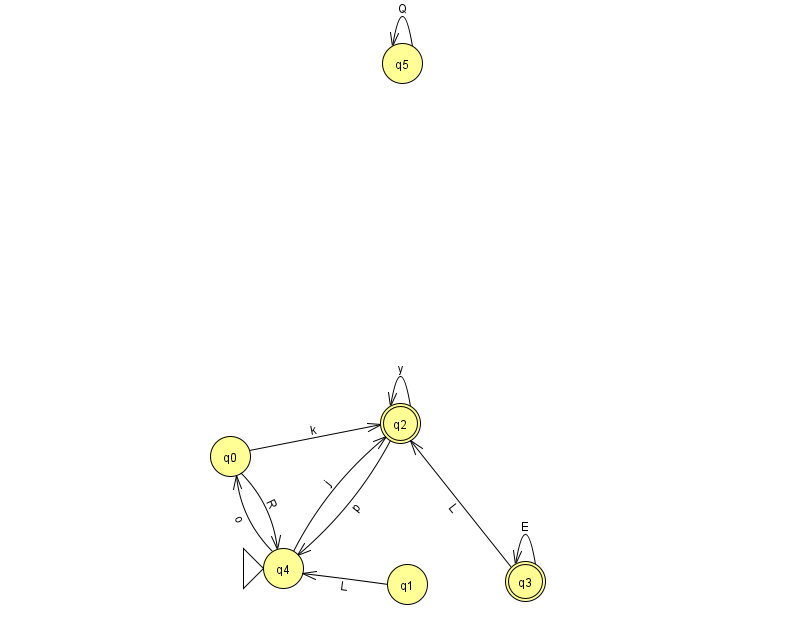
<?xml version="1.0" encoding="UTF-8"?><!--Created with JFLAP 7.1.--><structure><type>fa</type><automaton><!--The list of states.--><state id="0" name="q0"><x>230.0</x><y>443.0</y></state><state id="1" name="q1"><x>407.0</x><y>571.0</y></state><state id="2" name="q2"><x>400.0</x><y>410.0</y><final/></state><state id="3" name="q3"><x>525.0</x><y>568.0</y><final/></state><state id="4" name="q4"><x>283.0</x><y>555.0</y><initial/></state><state id="5" name="q5"><x>402.0</x><y>50.0</y></state><!--The list of transitions.--><transition><from>5</from><to>5</to><read>Q</read></transition><transition><from>4</from><to>2</to><read>j</read></transition><transition><from>3</from><to>2</to><read>L</read></transition><transition><from>4</from><to>0</to><read>o</read></transition><transition><from>1</from><to>4</to><read>L</read></transition><transition><from>3</from><to>3</to><read>E</read></transition><transition><from>2</from><to>4</to><read>p</read></transition><transition><from>2</from><to>2</to><read>y</read></transition><transition><from>0</from><to>4</to><read>R</read></transition><transition><from>0</from><to>2</to><read>k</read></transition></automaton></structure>